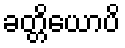
ခတ္တိယောပိ